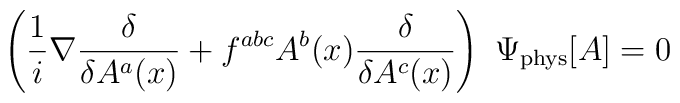
\left(\frac{1}{i}\nabla \frac{\delta}{\delta A^a(x)} +f^{abc}A^b(x)\frac{\delta}{\delta A^c(x)}\right) ~\Psi_{\rm phys}[A]=0